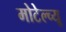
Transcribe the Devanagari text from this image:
मोटेल्च्यू